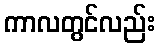
ကာလတွင်လည်း